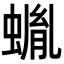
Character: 𧎠